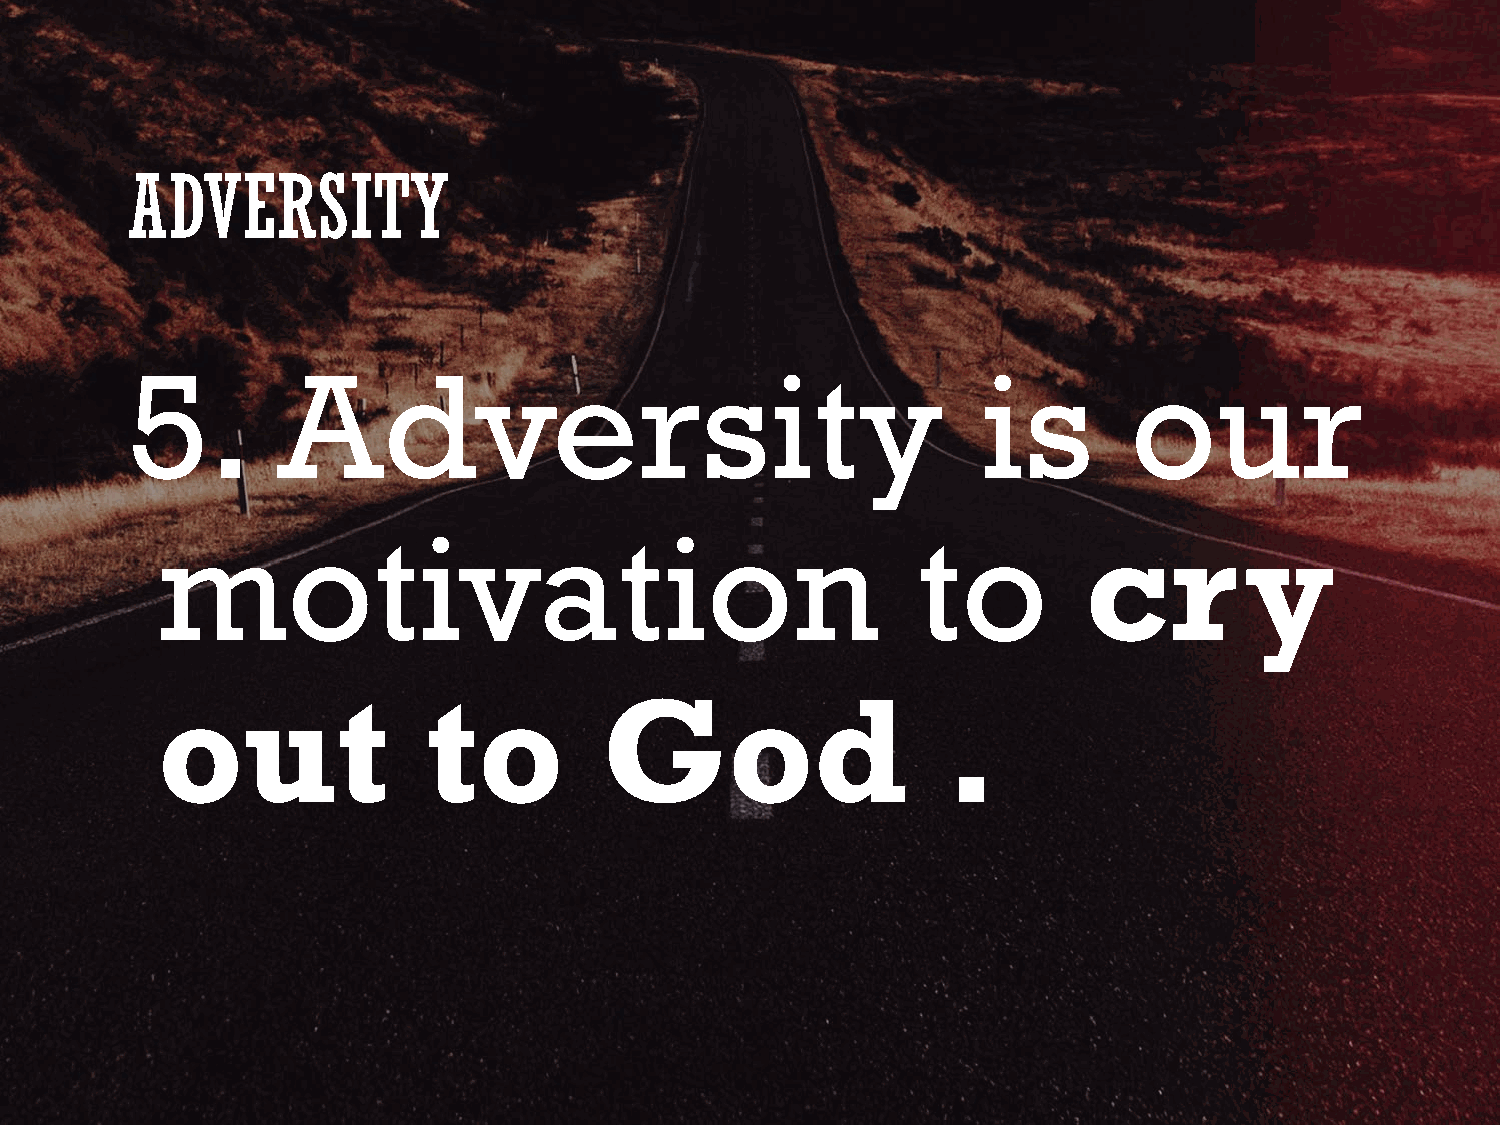
ADVERSITY
 5.        Adversity                                      is        our
 motivation                                         to         cr        y
 out               to          God                    .